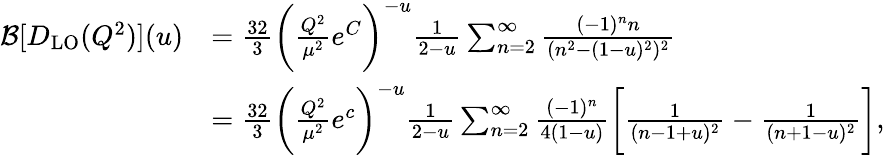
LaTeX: \begin{array}{rl}{\mathcal{B}[D_{\mathrm{LO}}(Q^{2})](u)}&{=\frac{32}{3}\bigg(\frac{Q^{2}}{\mu^{2}}e^{C}\bigg)^{-u}\frac{1}{2-u}\sum_{n=2}^{\infty}\frac{(-1)^{n}n}{(n^{2}-(1-u)^{2})^{2}}}\\ &{=\frac{32}{3}\bigg(\frac{Q^{2}}{\mu^{2}}e^{c}\bigg)^{-u}\frac{1}{2-u}\sum_{n=2}^{\infty}\frac{(-1)^{n}}{4(1-u)}\bigg[\frac{1}{(n-1+u)^{2}}-\frac{1}{(n+1-u)^{2}}\bigg],}\end{array}